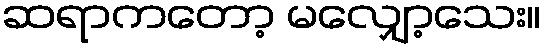
ဆရာကတော့ မလျှော့သေး။